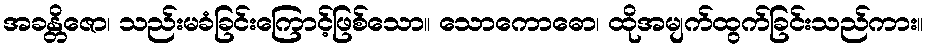
အခန္တိဇော၊ သည်းမခံခြင်းကြောင့်ဖြစ်သော။ သောကောဓော၊ ထိုအမျက်ထွက်ခြင်းသည်ကား။